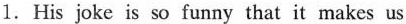
1.His joke is so funny that it makes us